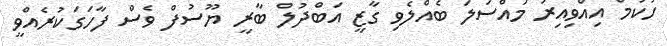
ހުކުމް އިއްވިއިރު މައްސަލަ ބެއްލެވި ގާޒީ އަބްދުލް ބާރީ ޔޫސުފް ވެސް ފާހަގަކުރެއްވީ